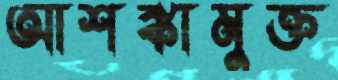
আশঙ্কামুক্ত